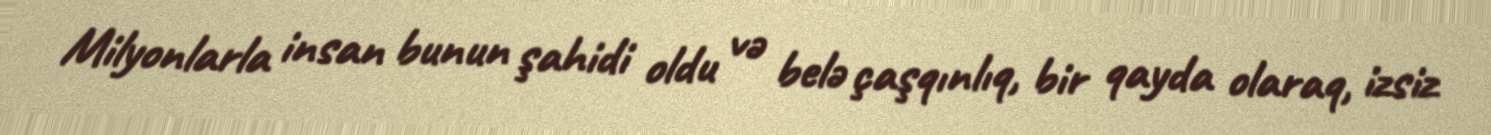
Milyonlarla insan bunun şahidi oldu və belə çaşqınlıq, bir qayda olaraq, izsiz